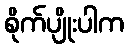
စိုက်ပျိုးပါက